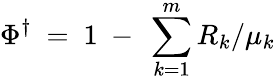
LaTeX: \Phi^{\dagger}\ =\ 1\ -\ \sum_{k=1}^{m}R_{k}/\mu_{k}